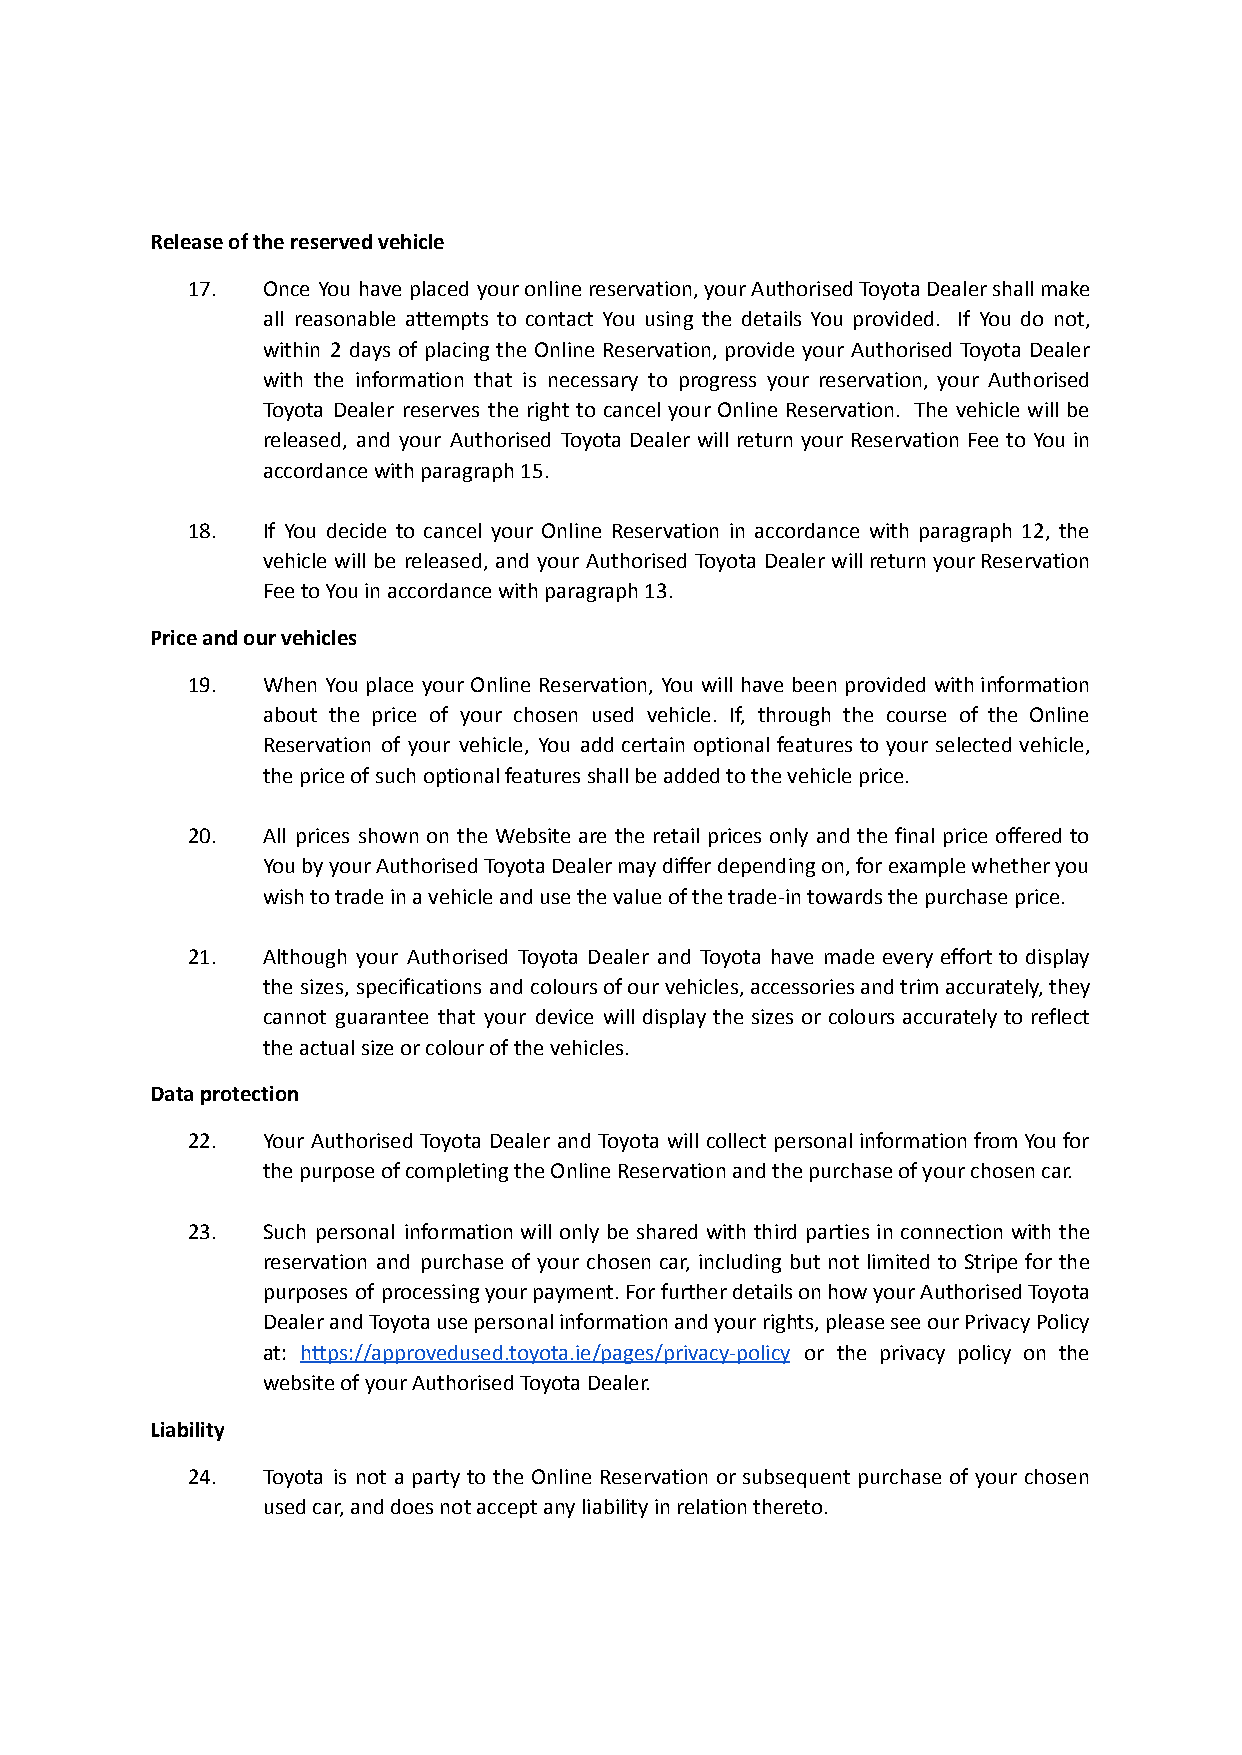
Release of the reserved vehicle
 17.  Once You have placed youronlinereservation,yourAuthorisedToyotaDealershallmake
 all reasonable attempts to contact You using the details You provided. If You do not,
 within 2 days of placing the Online Reservation, provide your Authorised Toyota Dealer
 with the information that is necessary to progress your reservation, your Authorised
 Toyota Dealer reserves the right to cancel your Online Reservation. The vehicle will be
 released, and your Authorised Toyota Dealer will return your Reservation Fee to You in
 accordance with paragraph 15.
 18.  If You decide to cancel your Online Reservation in accordance with paragraph 12, the
 vehicle will be released, and your Authorised Toyota Dealer willreturnyourReservation
 Fee to You in accordance with paragraph 13.
 Price and our vehicles
 19.  When You place your Online Reservation, You will have been provided withinformation
 about the price of your chosen used vehicle. If, through the course of the Online
 Reservation of your vehicle, You add certain optional features to your selected vehicle,
 the price of such optional features shall be added to the vehicle price.
 20.  All prices shown on the Website are the retail prices only and the final price offered to
 YoubyyourAuthorisedToyotaDealermaydifferdependingon,forexamplewhetheryou
 wish to trade in a vehicle and use the value of the trade-in towards the purchase price.
 21.  Although your Authorised Toyota Dealer and Toyota have made every effort to display
 the sizes, specifications and coloursofourvehicles,accessoriesandtrimaccurately,they
 cannot guarantee that your device will display the sizes or colours accurately to reflect
 the actual size or colour of the vehicles.
 Data protection
 22.  Your Authorised Toyota Dealer and Toyota will collect personalinformationfromYoufor
 the purpose of completing the Online Reservation and the purchase of your chosen car.
 23.  Such personal information will only be shared with third parties in connection with the
 reservation and purchase of your chosen car, including but not limited to Stripe for the
 purposes of processingyourpayment.ForfurtherdetailsonhowyourAuthorisedToyota
 DealerandToyotausepersonalinformationandyourrights,pleaseseeourPrivacyPolicy
 at: https://approvedused.toyota.ie/pages/privacy-policy or the privacy policy on the
 website of your Authorised Toyota Dealer.
 Liability
 24.  Toyota is not a party to the Online Reservation or subsequent purchase of your chosen
 used car, and does not accept any liability in relation thereto.